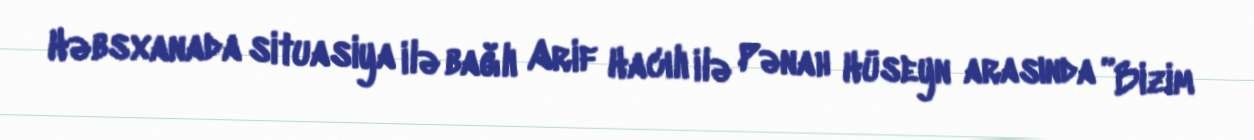
Həbsxanada situasiya ilə bağlı Arif Hacılı ilə Pənah Hüseyn arasında ”Bizim